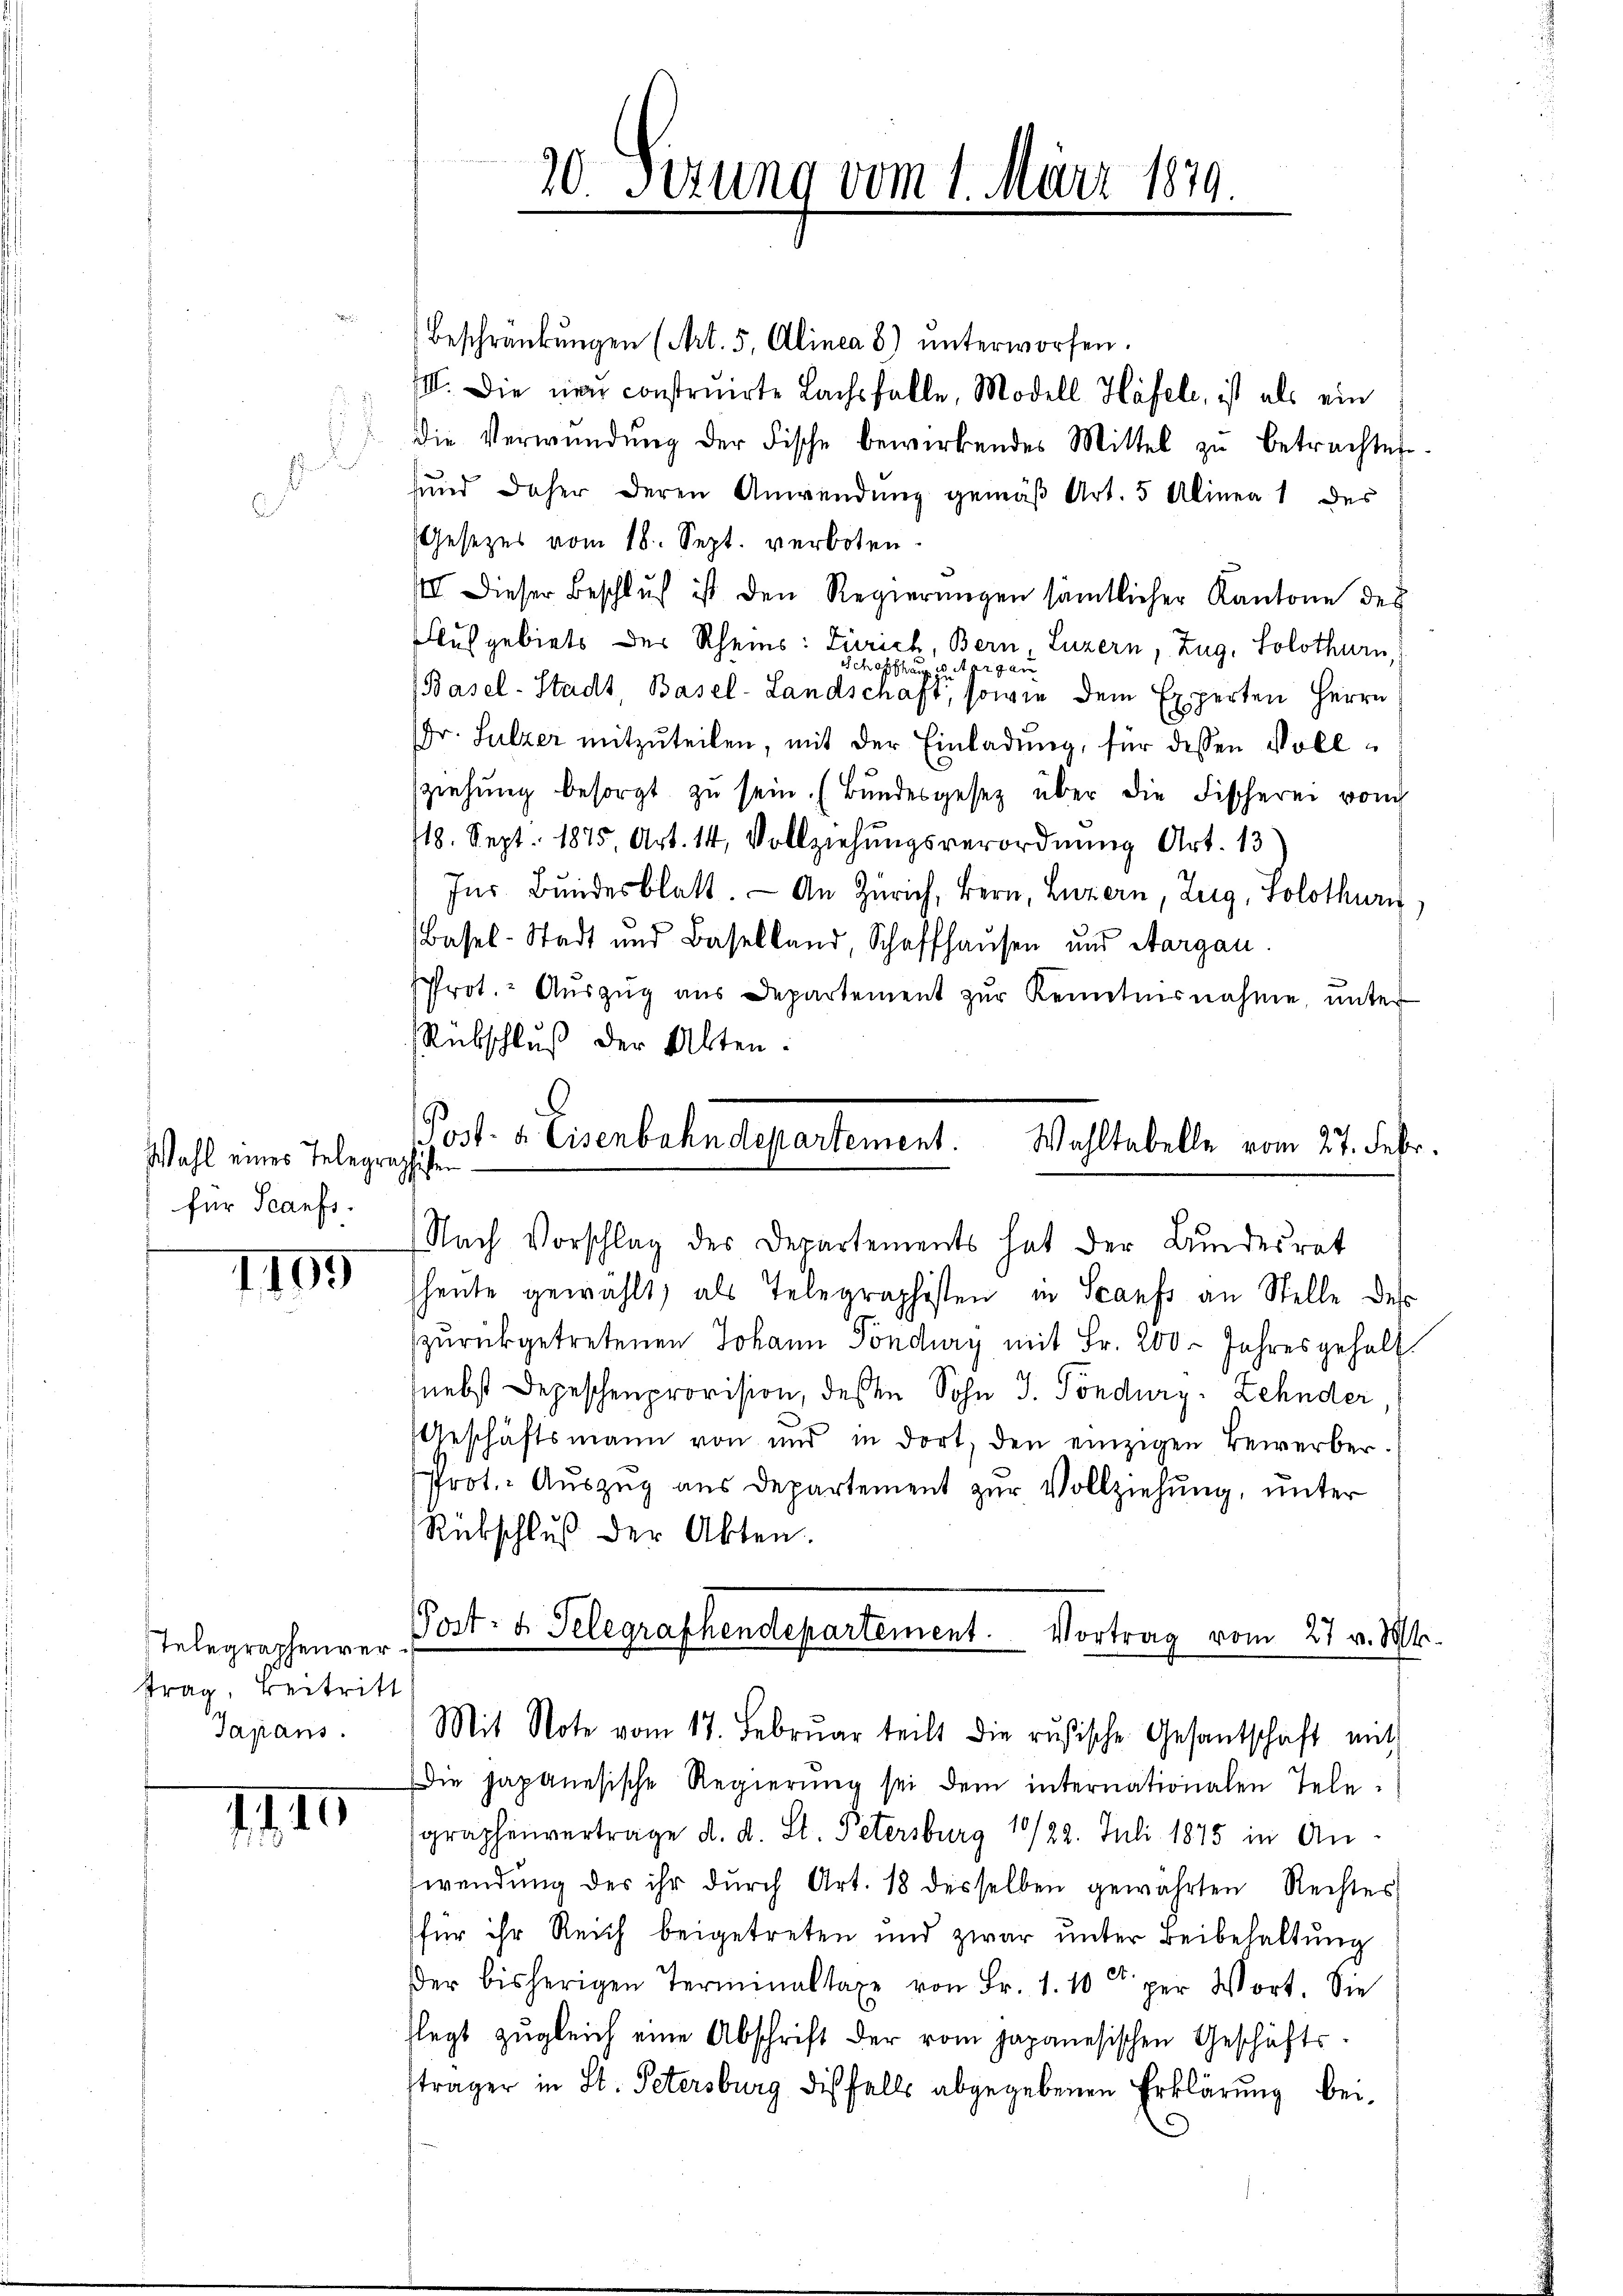
Wahl eines Telegraphisten
für Scaufs.

1195

Telegraphenver
trag, Beitritt
Japans.

71. II

Beschränkungen (Art. 5, Alinea 8) ŭnterworfen.
II. Die neu construirte Lachsfalle, Modell Häfele, ist als ein
die Verwŭndŭng der Fische bewirkendes Mittel zŭ betrachten.
sund daher deren Anwendung gemäß Art. 5 Alinea 1 des
Gesetzes vom 18. Sept. verboten.
1 Dieser Beschluß ist den Regierungen sämtlicher Kantone des
Ausgebiets der Rheins: Zürich, Bern, Luzern, Zug, Solothurn,
Schaffhaus seiter gan
(Basel-Stadt, Basel-Landschaft, sowie dem Experten Herrn
Fr. Sulzer mitzŭteilen, mit der Einladung, für dessen Vollsziehŭng besorgt zŭ sein. (Bŭndesgesetz über die Fischerei vom
718. Sept. 1875, Art. 14, Vollziehungsverordnung Art. 13
Ins Bundesblatt. An Zürich, Bern, Luzern, Zug, Solothurn
Basel-Stadt und Baselland, Schaffhausen und Aargau.
Prot. Aŭszŭg aŭs Departement zŭr Kenntnisnahme ŭnter
Rübschluß der Alten.

Post- u. Eisenbahndepartement. Wahltabelle vom 27. Febr.
Nach Vorschlag des Departements hat der Bundesrat

heute gewählt, als Telegraphisten in Scanfs an Stelle des
zurückgetretenen Johann Pöndury mit Fr. 200 Jahres gehalt.
nebst Depeschenprovision, deßen Sohn J. Töndurg-Zehnder,
Geschäftsmann von und in dort, den einzigen Bewerber.
Prot. Auszug aus Departement zur Vollziehung, unter
Rückschluß der Akten.
Post- u. Telegraphendepartement. Vortrag vom 27 v. Mt.

20. Sezung vom 1. März 1879

Mit Note vom 17. Febrŭar teilt die rŭsische Gesantschaft mit

Die Japanesische Regierung sei dem internationalen Telegraphenvertrage d. d. St. Petersburg 19/22. Juli 1875 in An
wendung des ihr durch Art. 18 desselben gewährten Rechtes
für ihr Reich beigetreten und zwar unter Beibehaltung
der bisherigen Terminaltaxe von Fr. 1. 10 per Wort. Sie
flegt zŭgleich eine Abschrift der vom japanesischen Geschäfts-
träger in St. Petersburg dißfalls abgegebenen Erklärung bei¬